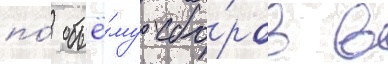
по́ объё́му сбо́ров в